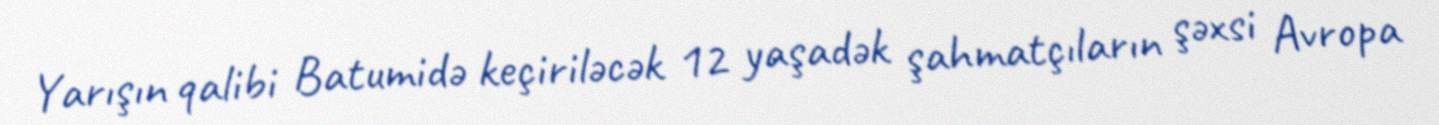
Yarışın qalibi Batumidə keçiriləcək 12 yaşadək şahmatçıların şəxsi Avropa